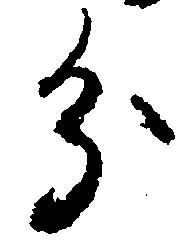
分